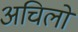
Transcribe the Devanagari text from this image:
अचिलो